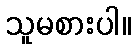
သူမစားပါ။